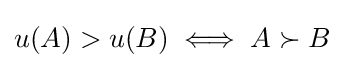
u(A)>u(B)\iff A\succ B